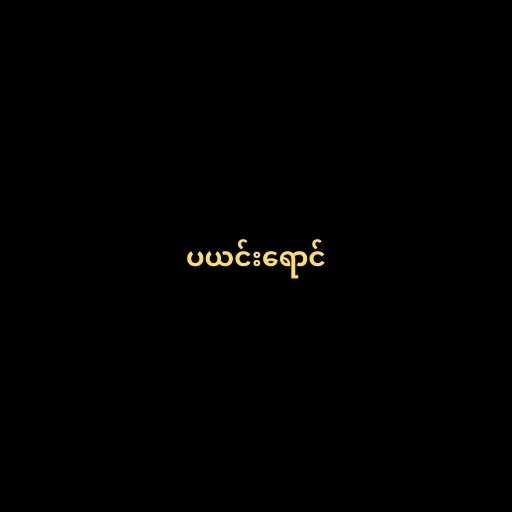
ပယင်းရောင်